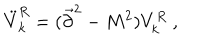
LaTeX: \ddot { V } _ { k } ^ { R } = ( \vec { \partial } ^ { 2 } - M ^ { 2 } ) V _ { k } ^ { R } ~ ,